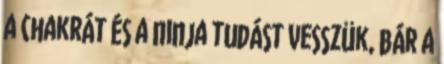
a chakrát és a ninja tudást vesszük, bár a